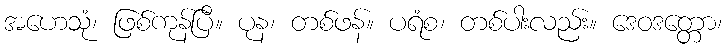
အဟေသုံ၊ ဖြစ်ကုန်ပြီ။ ပုန၊ တစ်ဖန်။ ပရံစ၊ တစ်ပါးလည်း။ ဒေဝဒတ္တော၊